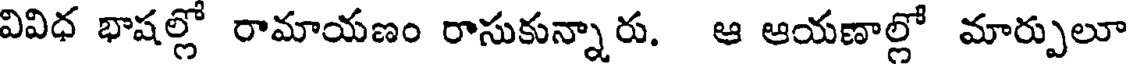
వివిధ భాషల్లో రామాయణం రాసుకున్నారు. ఆ ఆయణాల్లో మార్పులూ